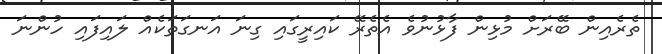
ތެރެއިން ބޭރަށް މުޅިން ފާޅުނުވެ އެތެރޭ ކައިރީގައި ގިނަ އަނގަތަކެއް ލައިފައި ހުންނަ